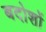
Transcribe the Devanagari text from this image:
बदोशों